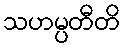
သဟမ္ပတီတိ